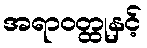
အရာဝတ္ထုနှင့်